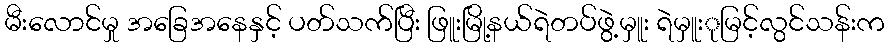
မီးလောင်မှု အခြေအနေနှင့် ပတ်သက်ပြီး ဖြူးမြို့နယ်ရဲတပ်ဖွဲ့မှူး ရဲမှူးုမြင့်လွင်သန်းက